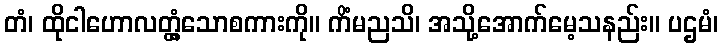
တံ၊ ထိုငါဟောလတ္တံ့သောစကားကို။ ကိံမညသိ၊ အသို့အောက်မေ့သနည်း။ ပဌမံ၊